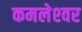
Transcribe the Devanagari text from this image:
कमलेश्‍वर